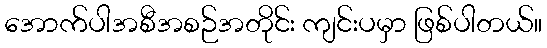
အောက်ပါအစီအစဉ်အတိုင်း ကျင်းပမှာ ဖြစ်ပါတယ်။